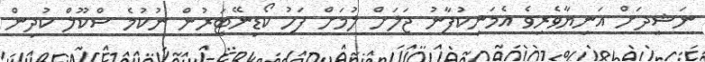
ނަޝީދަށް އަނިޔާވެރިވެ އެމަނިކުފާނު ޖަލަށް ލުމަށް ފަހު ކޯޑިނޭޓަރުން ނުކުމެ ސްކޫލް ކުދިން